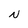
Character: N